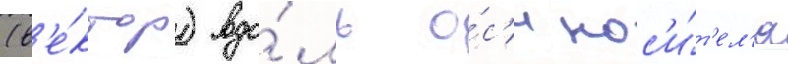
(в'е́ктор) вдо́ль о́с'и нос'и́т'ел'я